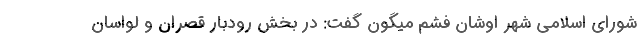
شورای اسلامی شهر اوشان فشم میگون گفت: در بخش رودبار قصران و لواسان